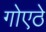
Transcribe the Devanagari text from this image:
गोएठे